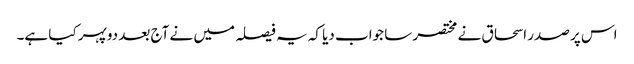
اس پر صدر اسحاق نے مختصر سا جواب دیا کہ یہ فیصلہ میں نے آج بعد دوپہر کیا ہے۔